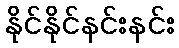
နိုင်နိုင်နင်းနင်း